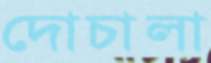
দোচালা